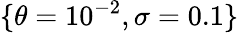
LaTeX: \lbrace\theta=10^{-2},\sigma=0.1\rbrace